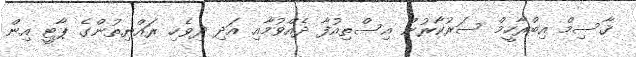
ޤާސިމް އިބްރާހީމް ސަރުކާރުން އިސްތިއުފާ ދެއްވުމާއި އަދި ދިވެހި ރައްޔިތުންގެ ޕާޓީ އިން